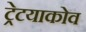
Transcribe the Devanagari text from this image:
ट्रेटयाकोव